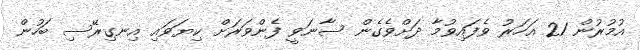
އުމުރުން 21 އަހަރު ވެފައިވުމާ ދަށްވެގެން ސާނަވީ ފެންވަރަށް ކިޔަވައި އިނގިރޭސި ބަހުން